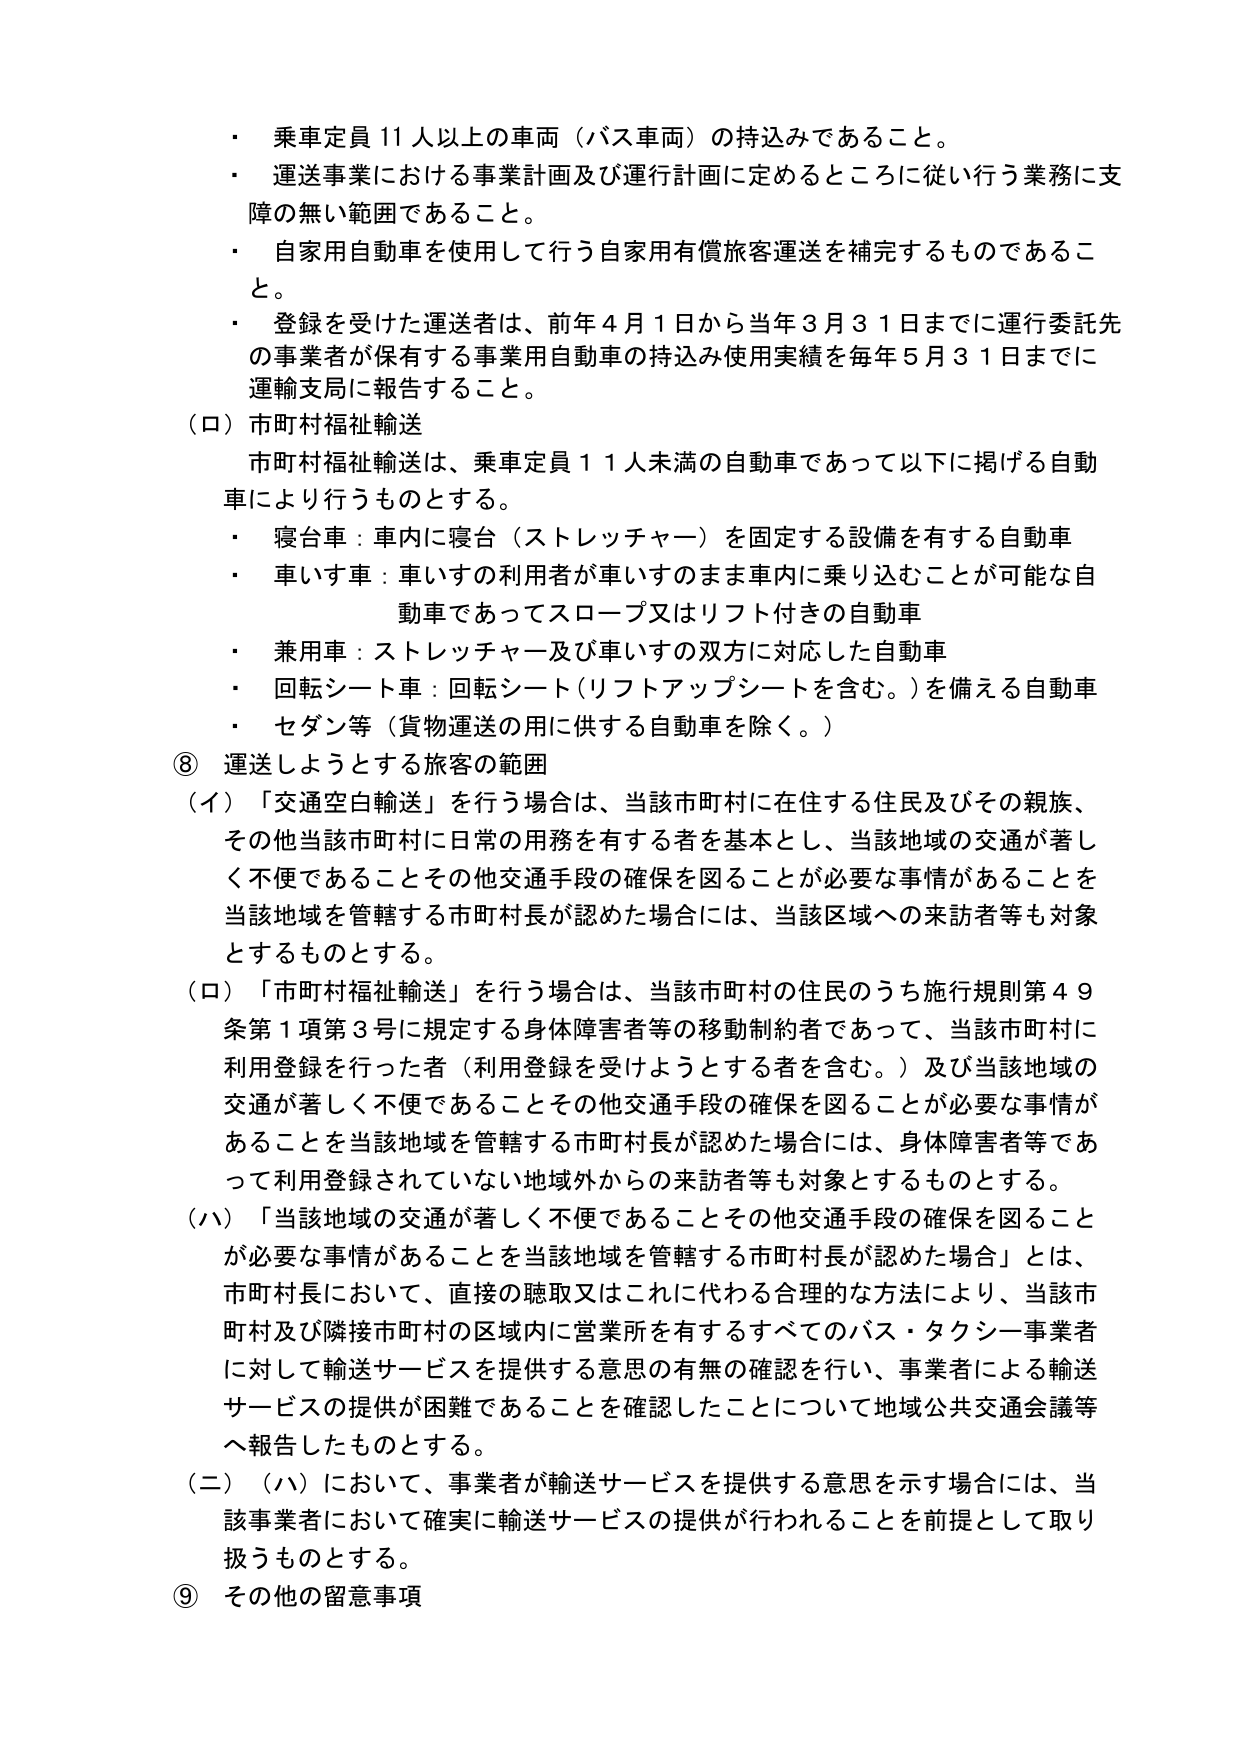
・ 乗車定員11人以上の車両（バス車両）の持込みであること。
・ 運送事業における事業計画及び運行計画に定めるところに従い行う業務に支障の無い範囲であること。
・ 自家用自動車を使用して行う自家用有償旅客運送を補完するものであること。
・ 登録を受けた運送者は、前年4月1日から当年3月31日までに運行委託先の事業者が保有する事業用自動車の持込み使用実績を毎年5月31日までに運輸支局に報告すること。

（ロ）市町村福祉輸送
市町村福祉輸送は、乗車定員11人未満の自動車であって以下に掲げる自動車により行うものとする。
・ 寝台車：車内に寝台（ストレッチャー）を固定する設備を有する自動車
・ 車いす車：車いすの利用者が車いすのまま車内に乗り込むことが可能な自動車であってスロープ又はリフト付きの自動車
・ 兼用車：ストレッチャー及び車いすの双方に対応した自動車
・ 回転シート車：回転シート（リフトアップシートを含む。）を備える自動車
・ セダン等（貨物運送の用に供する自動車を除く。）

⑧ 運送しようとする旅客の範囲
（イ）「交通空白輸送」を行う場合は、当該市町村に在住する住民及びその親族、その他当該市町村に日常の用務を有する者を基本とし、当該地域の交通が著しく不便であることその他交通手段の確保を図ることが必要な事情があることを当該地域を管轄する市町村長が認めた場合には、当該区域への来訪者等も対象とするものとする。
（ロ）「市町村福祉輸送」を行う場合は、当該市町村の住民のうち施行規則第49条第1項第3号に規定する身体障害者等の移動制約者であって、当該市町村に利用登録を行った者（利用登録を受けようとする者を含む。）及び当該地域の交通が著しく不便であることその他交通手段の確保を図ることが必要な事情があることを当該地域を管轄する市町村長が認めた場合には、身体障害者等であって利用登録されていない地域外からの来訪者等も対象とするものとする。
（ハ）「当該地域の交通が著しく不便であることその他交通手段の確保を図ることが必要な事情があることを当該地域を管轄する市町村長が認めた場合」とは、市町村長において、直接の聴取又はこれに代わる合理的な方法により、当該市町村及び隣接市町村の区域内に営業所を有するすべてのバス・タクシー事業者に対して輸送サービスを提供する意思の有無の確認を行い、事業者による輸送サービスの提供が困難であることを確認したことについて地域公共交通会議等へ報告したものとする。
（二）（ハ）において、事業者が輸送サービスを提供する意思を示す場合には、当該事業者において確実に輸送サービスの提供が行われることを前提として取り扱うものとする。

⑨ その他の留意事項